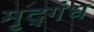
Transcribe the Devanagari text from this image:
मृद्गंध